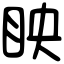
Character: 眏